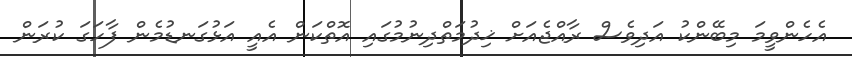
އެހެންވީމަ މިބޭންކު އަދިވެސް ރާއްޖެއަށް ޚިދުމަތްދިނުމުގައި އޮތްކަން އެއީ އަޅުގަނޑުމެން ފާހަގަ ކުރަން